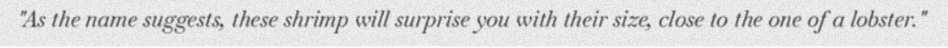
"As the name suggests, these shrimp will surprise you with their size, close to the one of a lobster."